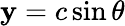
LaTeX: \mathbf{y}=c\sin\theta